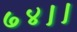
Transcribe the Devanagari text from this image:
७४।।